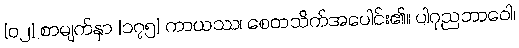
[၀၂] စာမျက်နှာ [၁၇၅] ကာယဿ၊ စေတသိက်အပေါင်း၏။ ပါဂုညဘာဝေါ၊